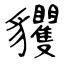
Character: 貜